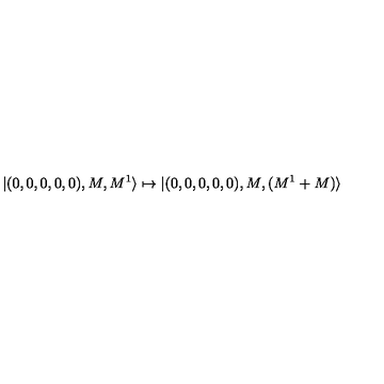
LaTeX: | ( 0 , 0 , 0 , 0 , 0 ) , M , M ^ { 1 } \rangle \mapsto | ( 0 , 0 , 0 , 0 , 0 ) , M , ( M ^ { 1 } + M ) \rangle